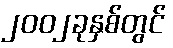
၂၀၀၂ခုနှစ်တွင်